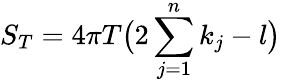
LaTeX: S_{T}=4\pi T\bigl(2\sum_{j=1}^{n}k_{j}-l\bigr)